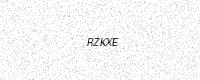
Text: RZKXE